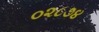
૦૨૮૭૪